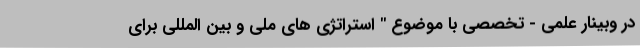
در وبینار علمی - تخصصی با موضوع " استراتژی های ملی و بین المللی برای